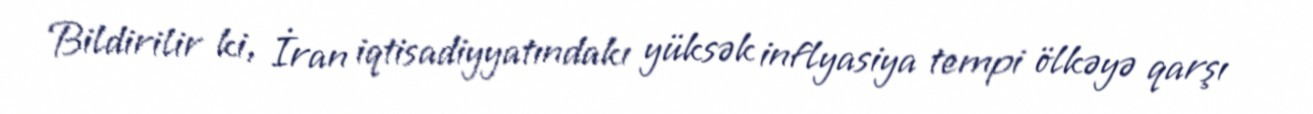
Bildirilir ki, İran iqtisadiyyatındakı yüksək inflyasiya tempi ölkəyə qarşı